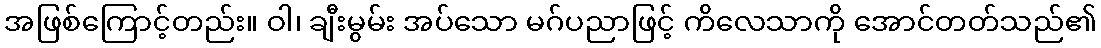
အဖြစ်ကြောင့်တည်း။ ဝါ၊ ချီးမွမ်း အပ်သော မဂ်ပညာဖြင့် ကိလေသာကို အောင်တတ်သည်၏